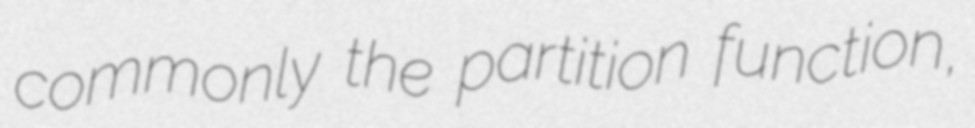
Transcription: commonly the partition function,